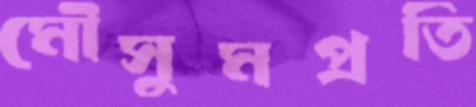
মৌসুমপ্রতি